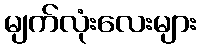
မျက်လုံးလေးများ